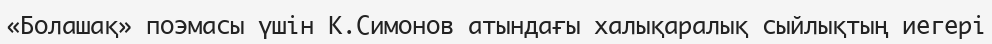
«Болашақ» поэмасы үшін К.Симонов атындағы халықаралық сыйлықтың иегері